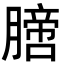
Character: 膪